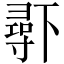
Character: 𱍧